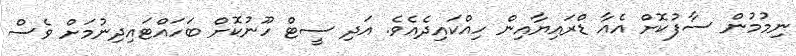
ނިމުމުން ސާފުކޮށް އެއާ ޑްރައިޔާއިން ހިއްކައިދެއެވެ. އަދި ސީޓް ހޫނުކޮށް ބަހައްޓައިދިނުމަށް ވެސް